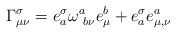
LaTeX: \begin{align*}\Gamma^\sigma_{\mu\nu} = e_a^\sigma\omega^a_{\ b\nu} e^b_\mu + e^\sigma_a e^a_{\mu,\nu}\end{align*}